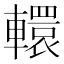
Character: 轘